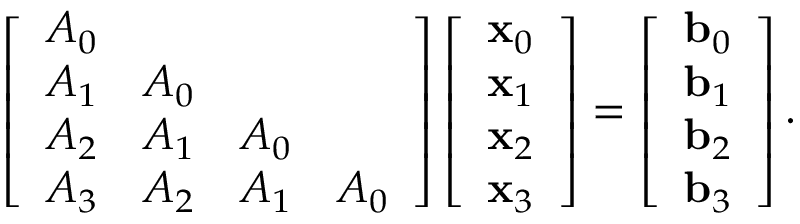
\left[ \begin{array} { c c c c } { A _ { 0 } } & & & \\ { A _ { 1 } } & { A _ { 0 } } & & \\ { A _ { 2 } } & { A _ { 1 } } & { A _ { 0 } } & \\ { A _ { 3 } } & { A _ { 2 } } & { A _ { 1 } } & { A _ { 0 } } \end{array} \right] \left[ \begin{array} { c } { { \bf x } _ { 0 } } \\ { { \bf x } _ { 1 } } \\ { { \bf x } _ { 2 } } \\ { { \bf x } _ { 3 } } \end{array} \right] = \left[ \begin{array} { c } { { \bf b } _ { 0 } } \\ { { \bf b } _ { 1 } } \\ { { \bf b } _ { 2 } } \\ { { \bf b } _ { 3 } } \end{array} \right] .